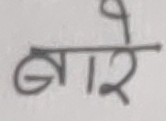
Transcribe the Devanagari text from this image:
बारे